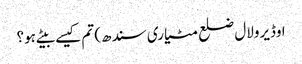
اوڈیرولال ضلع مٹیاری سندھ) تم کیسے بیٹے ہو؟